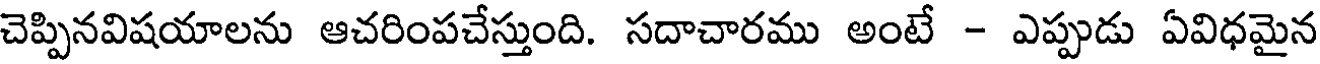
చెప్పినవిషయాలను ఆచరింపచేస్తుంది. సదాచారము అంటే - ఎప్పుడు ఏవిధమైన